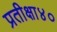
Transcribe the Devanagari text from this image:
प्रतीक्षा४०